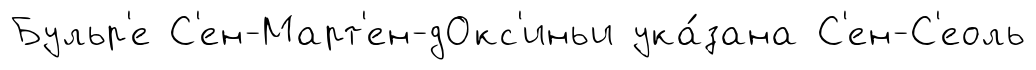
Бульр'е С'ен-Март'ен-дОкс'иньи ука́зана С'ен-С'еоль